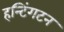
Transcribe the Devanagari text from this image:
हन्टिंगटन